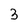
Character: 3